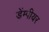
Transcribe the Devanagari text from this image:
डेंम्पीयर